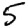
Digit: 5